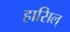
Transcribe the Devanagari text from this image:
हासिल्